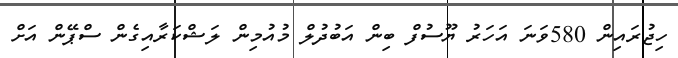
ހިޖުރައިން 580ވަނަ އަހަރު ޔޫސުފް ބިން އަބުދުލް މުއުމިން ލަޝްކަރާއިގެން ސްޕޭން އަށް